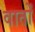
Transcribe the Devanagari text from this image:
वातों